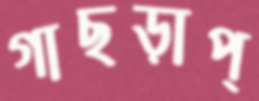
গাছড়াপ্